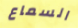
السماع